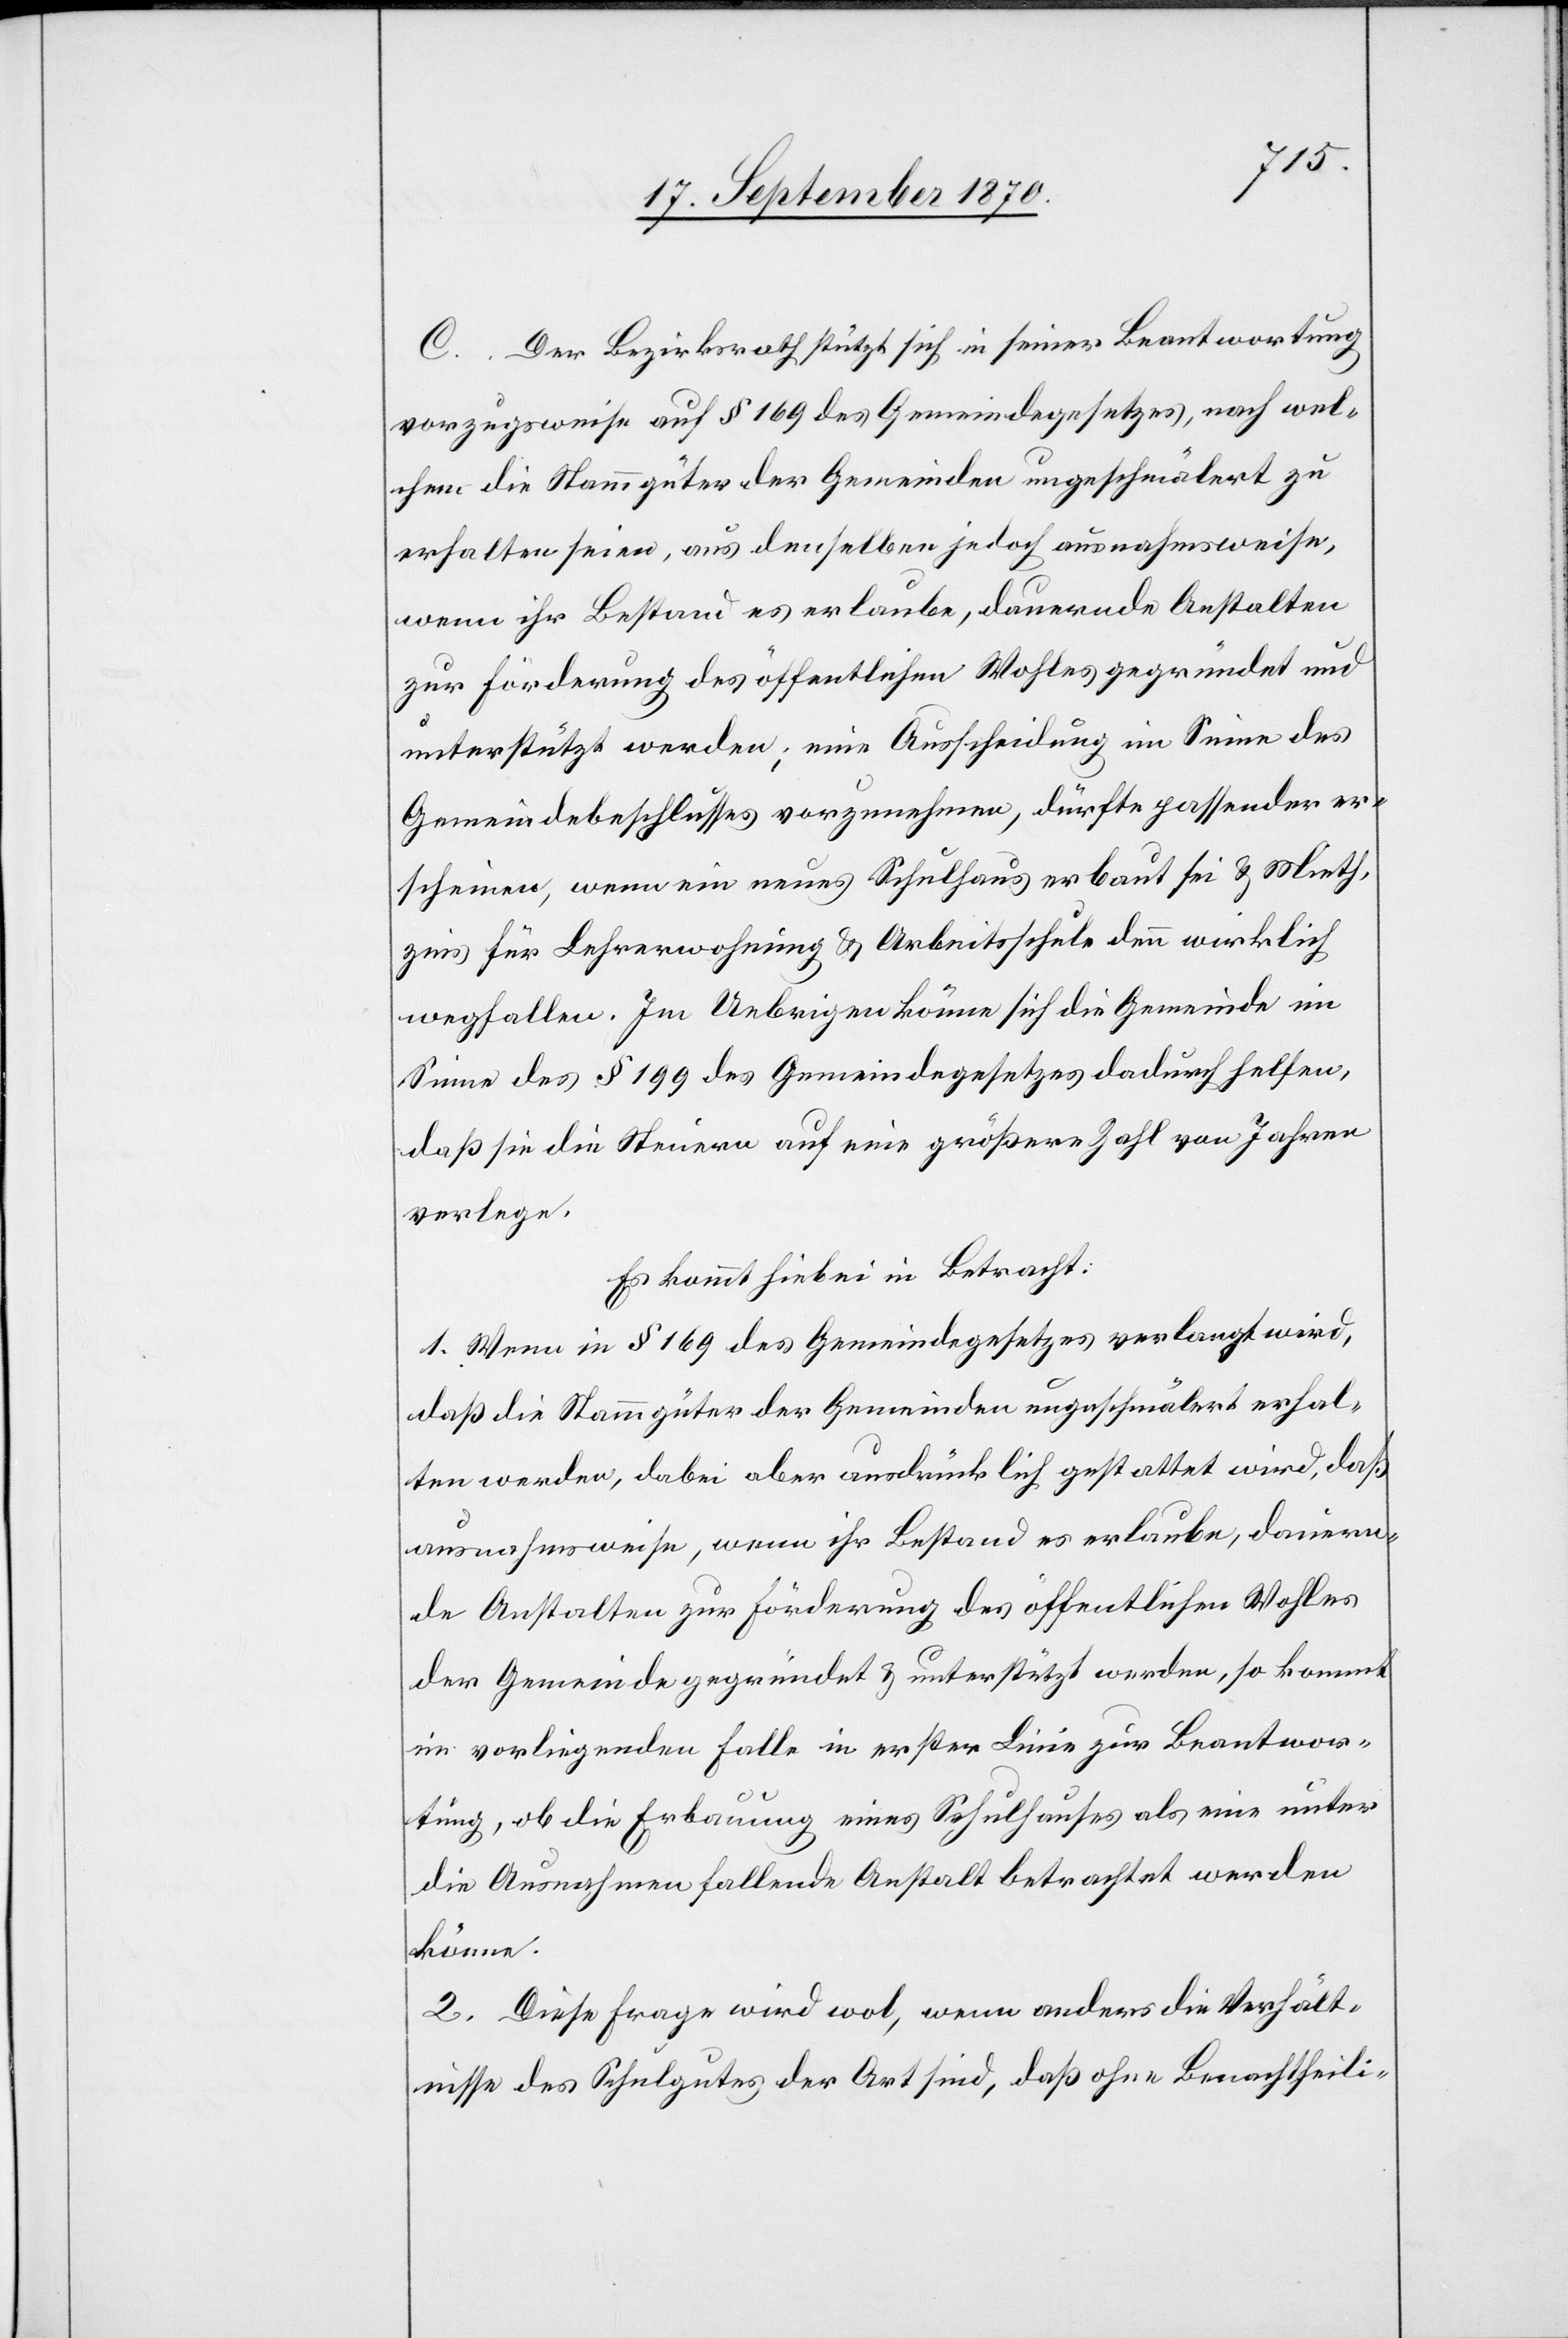
C. Der Bezirksrath stützt sich in seiner Beantwortung
vorzugsweise auf § 169 des Gemeindegesetzes, nach wel¬
chem die Stammgüter der Gemeinde ungeschmälert zu
erhalten seien, aus denselben jedoch ausnahmsweise,
wenn ihr Bestand es erlaube, dauernde Anstalten
zur Förderung des öffentlichen Wohles gegründet und
unterstützt werden; eine Ausscheidung im Sinne des
Gemeindebeschlusses vorzunehmen, dürfte passender er¬
scheinen, wenn ein neues Schulhaus erbaut sei & Mieth¬
zins für Lehrerwohnung & Arbeitsschule denn wirklich
wegfallen. Im Uebrigen könne sich die Gemeinde im
Sinne des § 199 des Gemeindegesetzes dadurch haften,
daß sie die Steuern auf eine größere Zahl von Jahren
verlege.
Es kommt hiebei in Betracht:
1. Wenn in § 169 des Gemeindegesetzes verlangt wird,
daß die Stammgüter der Gemeinden ungeschmälert erhal¬
ten werden, dabei aber ausdrücklich gestattet wird, daß
ausnahmsweise, wenn ihr Bestand es erlaube, dauern¬
de Anstalten zur Förderung des öffentlichen Wohles
der Gemeinde gegründet & unterstützt werden, so kommt
im vorliegenden Falle in erster Linie zur Beantwor¬
tung, ob die Erbauung eines Schulhauses als eine unter
die Ausnahme fallende Anstalt betrachtet werden
könne.
2. Diese Frage wird wol, wenn anders die Verhält¬
nisse des Schulgutes der Art sind, daß ohne Benachtheili-